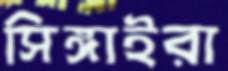
সিঙ্গাইরা